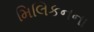
મિલિકનના